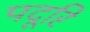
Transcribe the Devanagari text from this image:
पदूरि